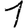
Digit: 1